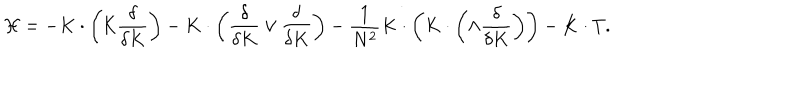
LaTeX: { \cal H } = - K \cdot \left( { \cal K } \frac { \delta } { \delta K } \right) - K \cdot \left( \frac { \delta } { \delta K } \vee \frac { \delta } { \delta K } \right) - \frac { 1 } { N ^ { 2 } } K \cdot \left( K \cdot \left( \wedge \frac { \delta } { \delta K } \right) \right) - K \cdot T .